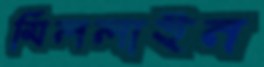
মিললাইন